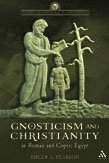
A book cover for Gnosticism and Christianity in Roman and Coptic Egypt (Studies in Antiquity & Christianity); Birger A. Pearson; Religion & Spirituality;